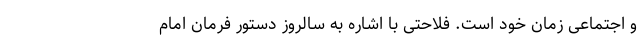
و اجتماعی زمان خود است. فلاحتی با اشاره به سالروز دستور فرمان امام